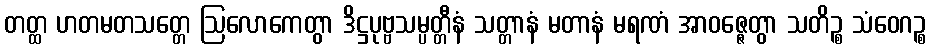
တတ္ထ ဟတမတသတ္တေ ဩလောကေတွာ ဒိဋ္ဌပုဗ္ဗသမ္ပတ္တီနံ သတ္တာနံ မတာနံ မရဏံ အာဝဇ္ဇေတွာ သတိဉ္စ သံဝေဂဉ္စ